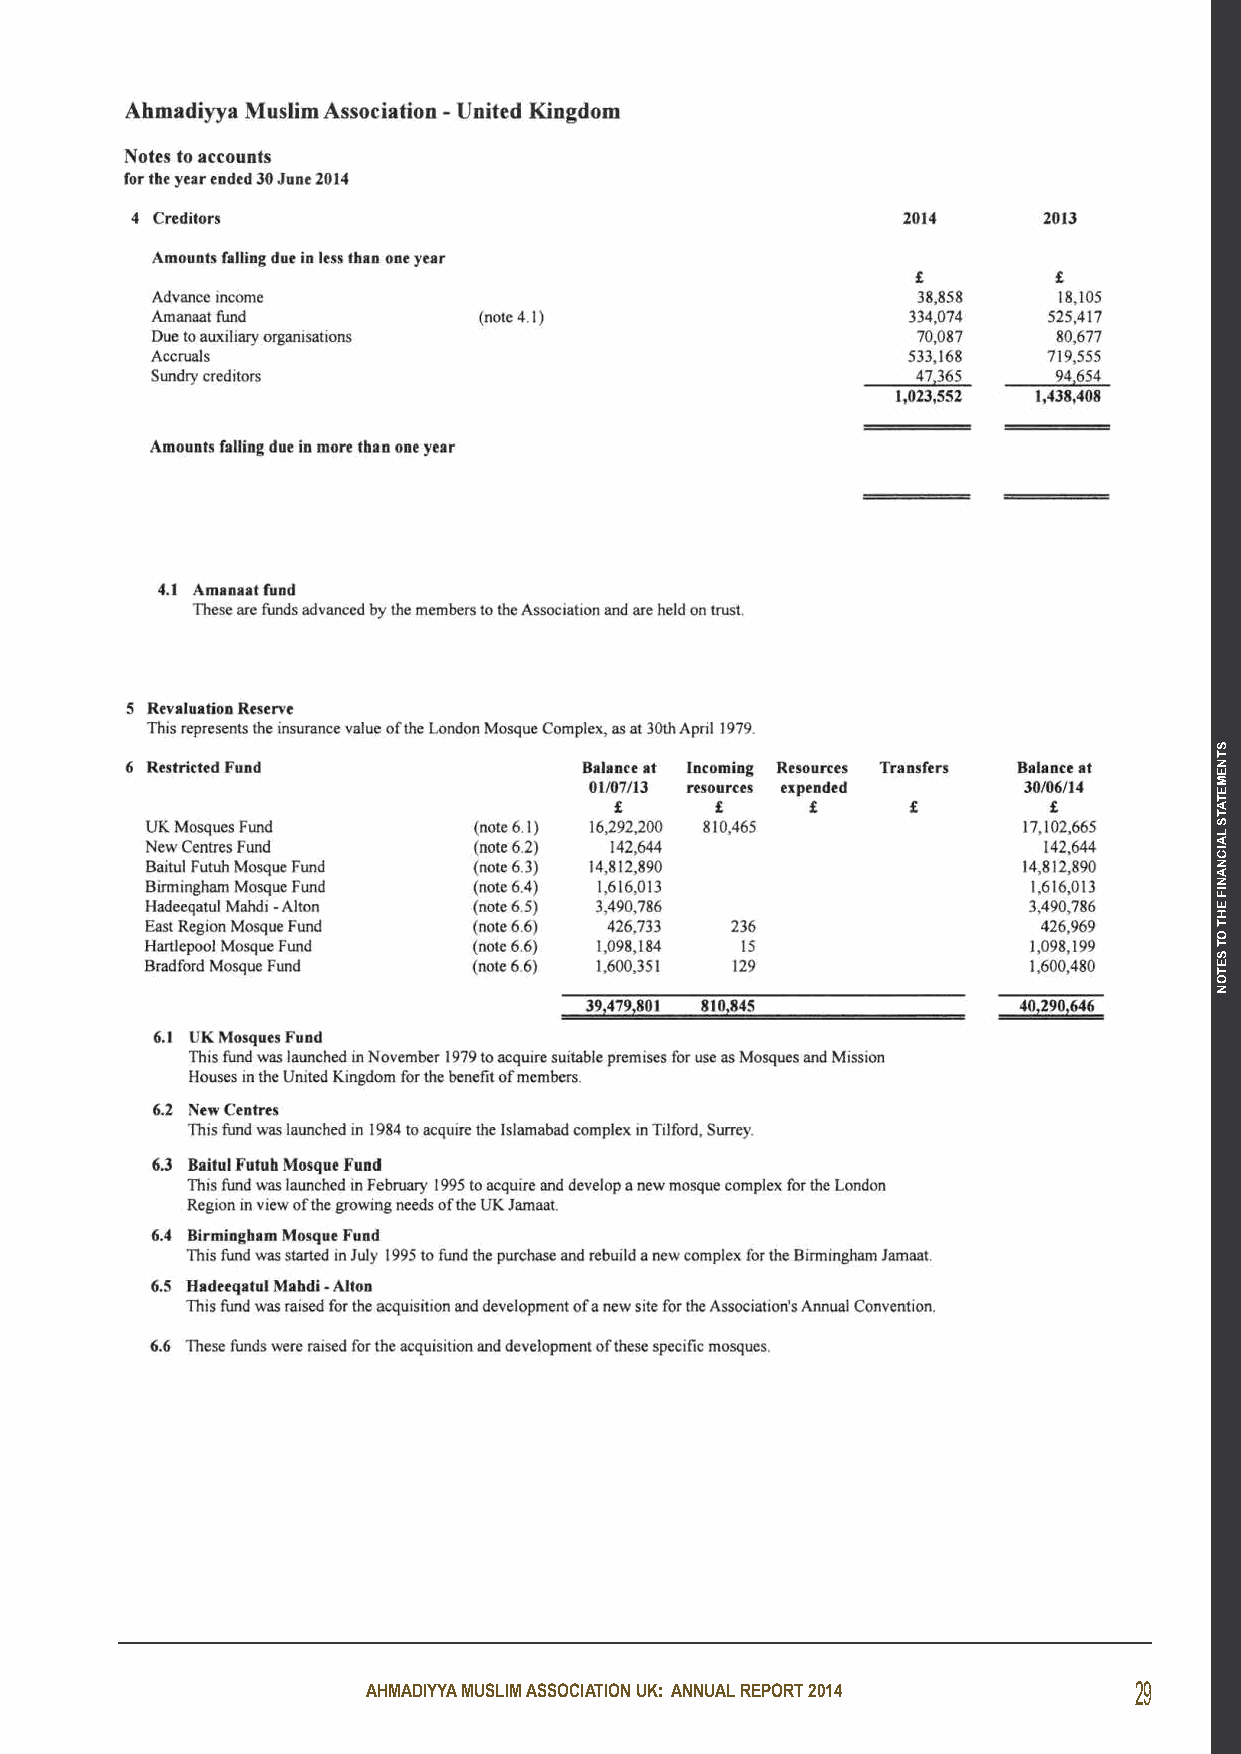
AHMADIYYA MUSLIM ASSOCIATION UK: ANNUAL REPORT 2014 29
 STNEMETATS
 LAICNANIF
 EHT
 OT
 SETON